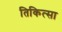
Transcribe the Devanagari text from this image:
तिकित्सा